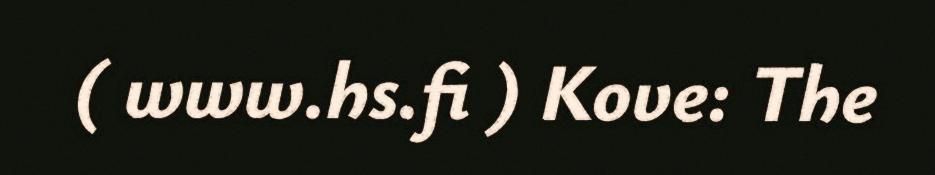
( www.hs.fi ) Kove: The